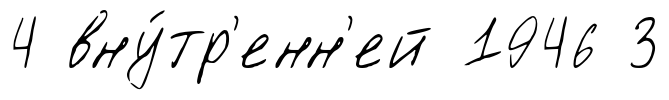
4 вну́тр'енн'ей 1946 3